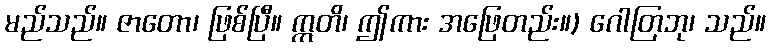
မည်သည်။ ဇာတော၊ ဖြစ်ပြီ။ ဣတိ၊ ဤကား အဖြေတည်း။) ဂေါတြဘု၊ သည်။